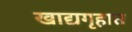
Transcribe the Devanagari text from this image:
खाद्यगृहात